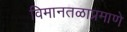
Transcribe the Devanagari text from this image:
विमानतळाप्रमाणे